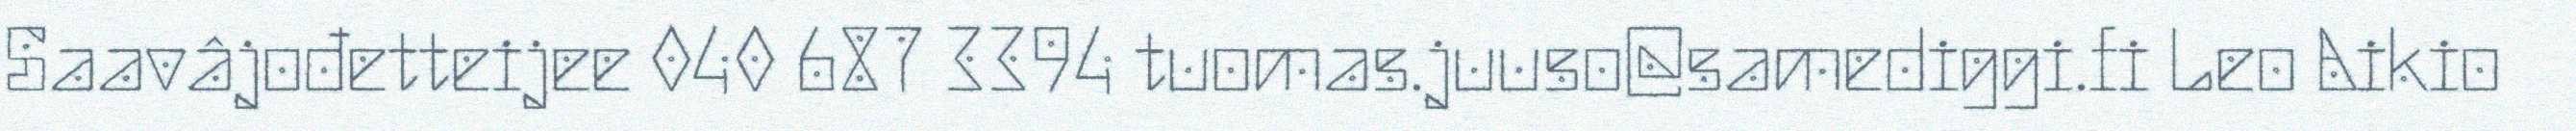
Saavâjođetteijee 040 687 3394 tuomas.juuso@samediggi.fi Leo Aikio